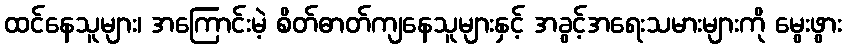
ထင်နေသူများ၊ အကြောင်းမဲ့ စိတ်ဓာတ်ကျနေသူများနှင့် အခွင့်အရေးသမားများကို မွေးဖွား